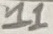
Text: 11